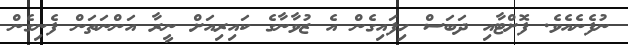
ނުފެނެއެވެ. ފޮށްޓާއި ދަބަސް ހިފައިގެން އެ ޒުވާނާގެ ކައިރިއަށް ނީރާ އަންނަތަން ފެނިގެން